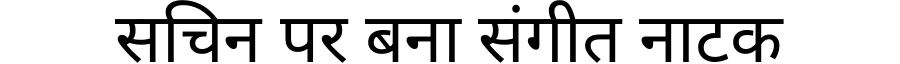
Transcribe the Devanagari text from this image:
सचिन पर बना संगीत नाटक